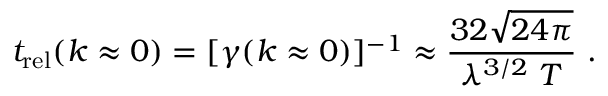
t _ { \mathrm { r e l } } ( k \approx 0 ) = [ \gamma ( { k \approx 0 } ) ] ^ { - 1 } \approx \frac { 3 2 \sqrt { 2 4 \pi } } { \lambda ^ { 3 / 2 } ~ T } ~ .